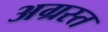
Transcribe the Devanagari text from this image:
अग्रस्त